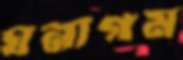
ঘনাগম